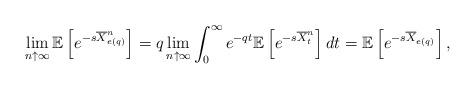
LaTeX: \begin{align*}\lim_{n \uparrow \infty}\mathbb E\left[e^{-s \overline{X}^n_{e(q)}}\right]=q\lim_{n \uparrow \infty}\int_{0}^{\infty}e^{-qt}\mathbb E\left[e^{-s\overline{X}^n_{t}}\right]dt=\mathbb E\left[e^{-s \overline{X}_{e(q)}}\right],\end{align*}